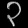
Digit: ၃